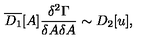
\overline { { D _ { 1 } } } [ A ] \frac { \delta ^ { 2 } \Gamma } { \delta A \delta A } \sim D _ { 2 } [ u ] ,